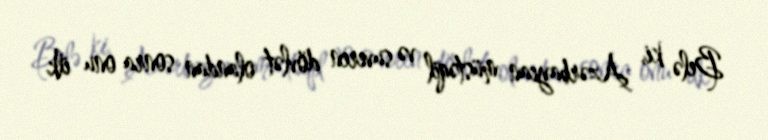
Belə ki, Azərbaycan müstəqil və suveren dövlət olandan sonra onu ilk